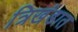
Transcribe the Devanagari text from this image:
त्रिखंडात